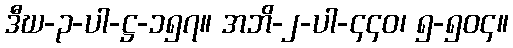
ဒီဃ-၃-ပါ-ဋ္ဌ-၁၅၇။ အဘိ-၂-ပါ-၄၄၀၊ ၅-၅၀၄။